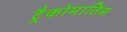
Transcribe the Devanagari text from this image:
ट्रैकोमातिस